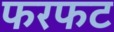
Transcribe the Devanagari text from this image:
फरफट